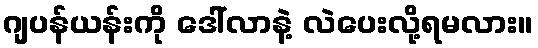
ဂျပန်ယန်းကို ဒေါ်လာနဲ့ လဲပေးလို့ရမလား။